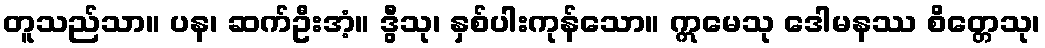
တူသည်သာ။ ပန၊ ဆက်ဦးအံ့။ ဒွီသု၊ နှစ်ပါးကုန်သော။ ဣမေသု ဒေါမနဿ စိတ္တေသု၊